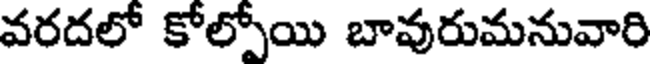
వరదలో కోల్పోయి బావురుమనువారి